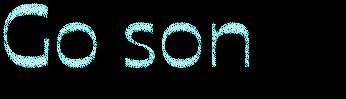
Go son